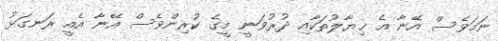
ނަމަވެސް އޭނާ އެ ޚިޔާލުތަކާއި ދުރުވަނީ މީގެ ކުރިންވެސް އޭނާ އެއީ ރަނގަޅު